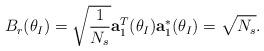
LaTeX: \begin{align*} B_r(\theta_I)=\sqrt{\frac{1}{N_s}} \textbf{a}_1^T(\theta_I) \textbf{a}_1^*(\theta_I)=\sqrt{N_s}.\end{align*}